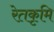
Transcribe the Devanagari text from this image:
रेतकृमि